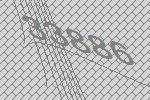
33886